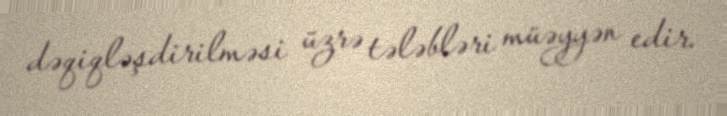
dəqiqləşdirilməsi üzrə tələbləri müəyyən edir.